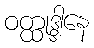
ဝတ္ထုဒ္ဒါနေ